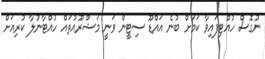
ނުގޮސް ހުއްޓިފައިވާ ކަމަށް ބުނެ އައްޑޫ ސިޓީން ވަނީ މަޝްރޫއުތައް ހުއްޓާނުލާ ކުރިއަށް